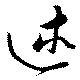
述